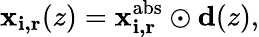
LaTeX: \mathbf{x_{i,r}}(z)=\mathbf{x_{i,r}^{\textrm{abs}}}\odot\mathbf{d}(z),